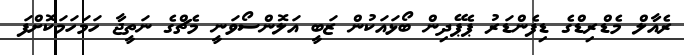
ރެއާލް މެޑްރިޑްގެ ޑިފެންޑަރު ޕެޕޭދިން ބޯޅައަކުން ޒަބީ އަލޮންސޯވަނީ މެޗްގެ ނަތީޖާ ހަމަހަމަކޮށްފަ